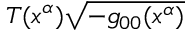
T ( x ^ { \alpha } ) \sqrt { - g _ { 0 0 } ( x ^ { \alpha } ) }